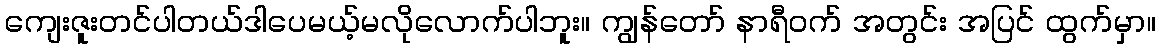
ကျေးဇူးတင်ပါတယ်ဒါပေမယ့်မလိုလောက်ပါဘူး။ ကျွန်တော် နာရီဝက် အတွင်း အပြင် ထွက်မှာ။